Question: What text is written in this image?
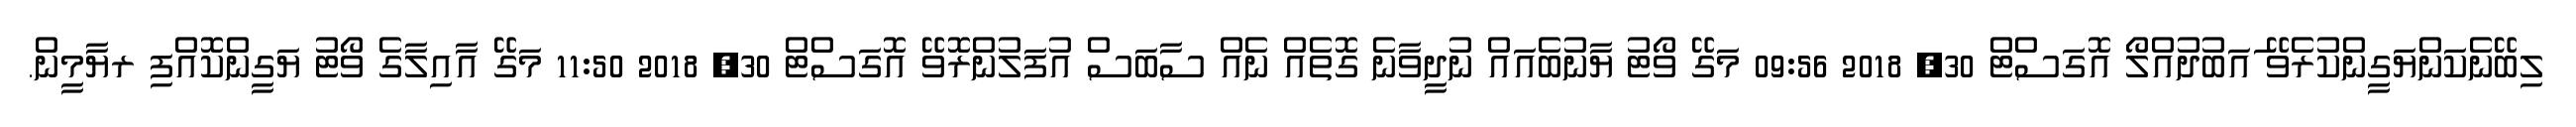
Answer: ލިބޭނެކަންޔަގީންކުރެވޭ ައަބުދުއްލޯ އޮގަސްޓް 30, 2018 09:56 މަގޭ ވޯޓު ޔާނުބެއައް ނުދީވާނެ ގޮތެއް ނެއް ސާބަސް އުފަލުންރޮވޭ އޮގަސްޓް 30, 2018 11:50 މަގޭ އާއިލާގެ ވޯޓު ޔަގީންކޮއްފި ރޔާމީން.